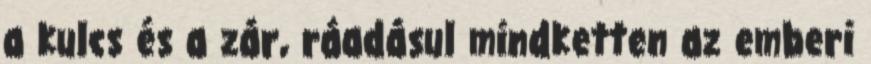
a kulcs és a zár, ráadásul mindketten az emberi